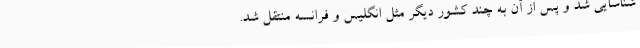
شناسایی شد و پس از آن به چند کشور دیگر مثل انگلیس و فرانسه منتقل شد.